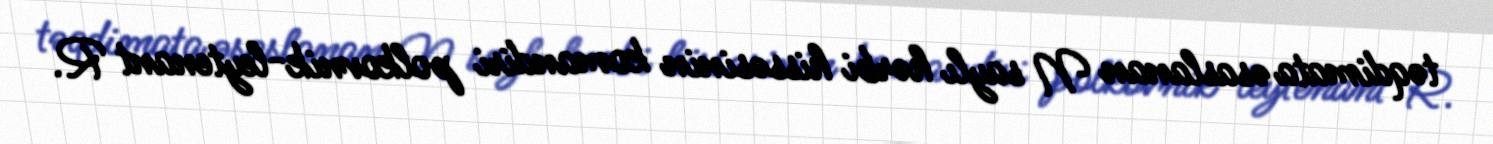
təqdimata əsaslanan N saylı hərbi hissəsinin komandiri polkovnik-leytenant R.